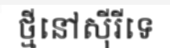
ថ្មីនៅស៊ីរីទេ